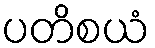
ပတိစယံ